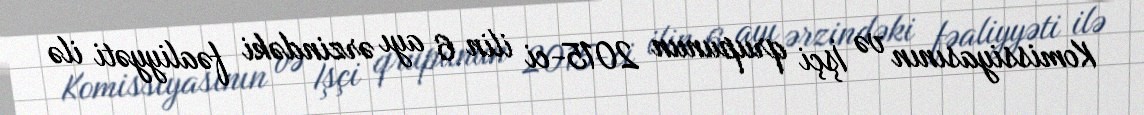
Komissiyasının və İşçi qrupunun 2015-ci ilin 6 ayı ərzindəki fəaliyyəti ilə